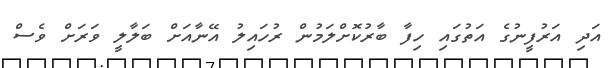
އަދި އަރުފީނުގެ އަތުގައި ހިފާ ބާރުކޮށްލަމުން ރުހައިލު އޭނާއަށް ބަލާލީ ވަރަށް ވެސް